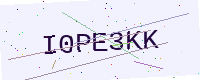
Text: I0PE3KK